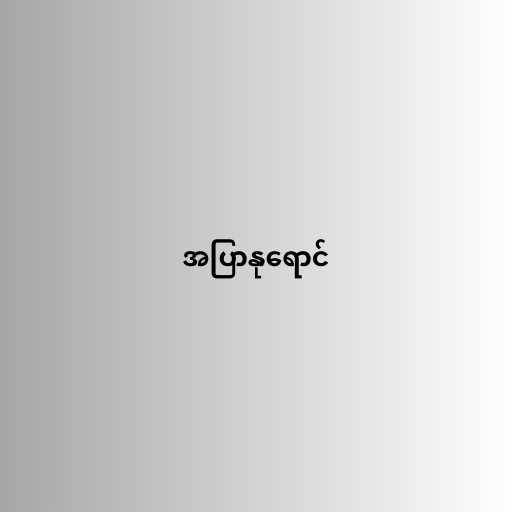
အပြာနုရောင်